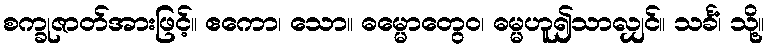
စက္ခုဇာတ်အားဖြင့်။ ဧကော၊ သော။ ဓမ္မောတွေဝ၊ ဓမ္မဟူ၍သာလျှင်။ သင်္ခံ၊ သို့။